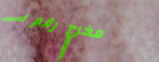
مخرج رقم ١